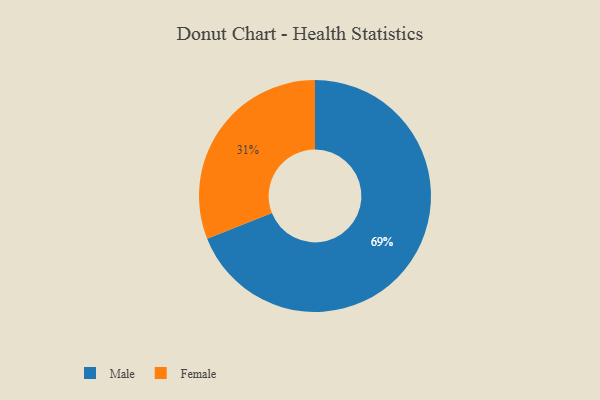
{"axis": {"x": "Category", "y": "Percentage"}, "legend": ["Female", "Male"], "data": [{"x": "Female", "y": 31, "type": "Female"}, {"x": "Male", "y": 69, "type": "Male"}]}